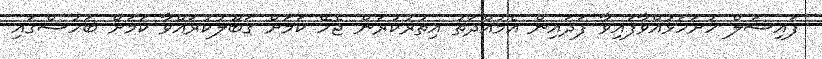
ފައިސަލް ހުށަހަޅުއްވާފައިވާ ފަދައިން އެމުއްދަތު އިތުރުކުރަން ޖެހޭ ކަމަށް ގަބޫލުކުރައްވާ ކަމަށް ބަހުސްގައި